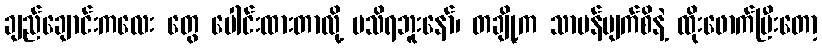
ချည်ချောင်းကလေး တွေ ပေါင်းထားတာလို့ မသိရဘူးနော်၊ တချို့က သာမန်မျက်စိနဲ့ ထိုးဖောက်ပြီးတော့